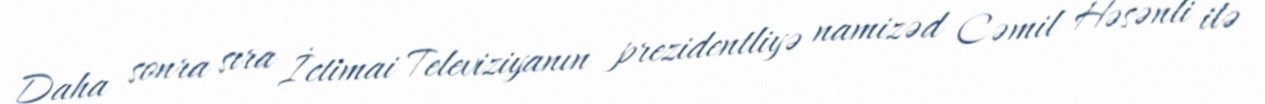
Daha sonra sıra İctimai Televiziyanın prezidentliyə namizəd Cəmil Həsənli ilə